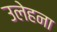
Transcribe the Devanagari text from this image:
उलेहना